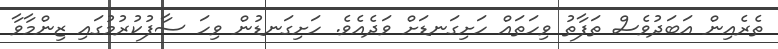
ތެރެއިން އަބަދުވެސް ތަފާތު ވިހަތައް ހަށިގަނޑަށް ވަދެއެވެ. ހަށިގަނޑުން ވިހަ ސާފުކުރުމުގައި ޒިންމާވާ